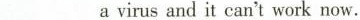
___ a virus and it can't work now.